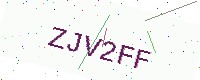
Text: ZJV2FF